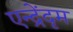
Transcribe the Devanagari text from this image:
एन्द्रेंदृम